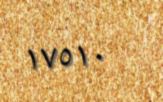
١٧٥١٠